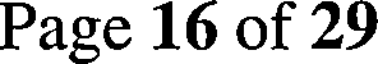
Page 16 of 29